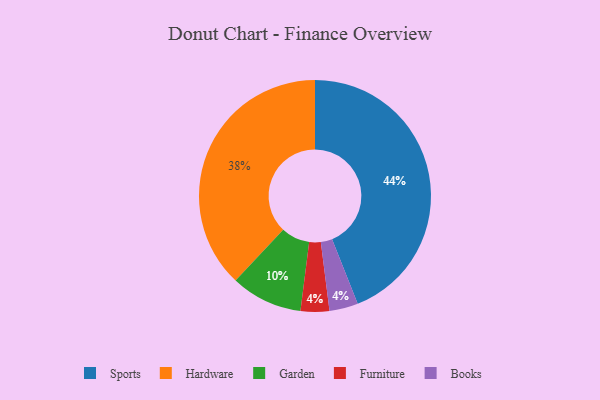
{"axis": {"x": "Category", "y": "Percentage"}, "legend": ["Books", "Furniture", "Garden", "Hardware", "Sports"], "data": [{"x": "Furniture", "y": 4, "type": "Furniture"}, {"x": "Books", "y": 4, "type": "Books"}, {"x": "Hardware", "y": 38, "type": "Hardware"}, {"x": "Garden", "y": 10, "type": "Garden"}, {"x": "Sports", "y": 44, "type": "Sports"}]}